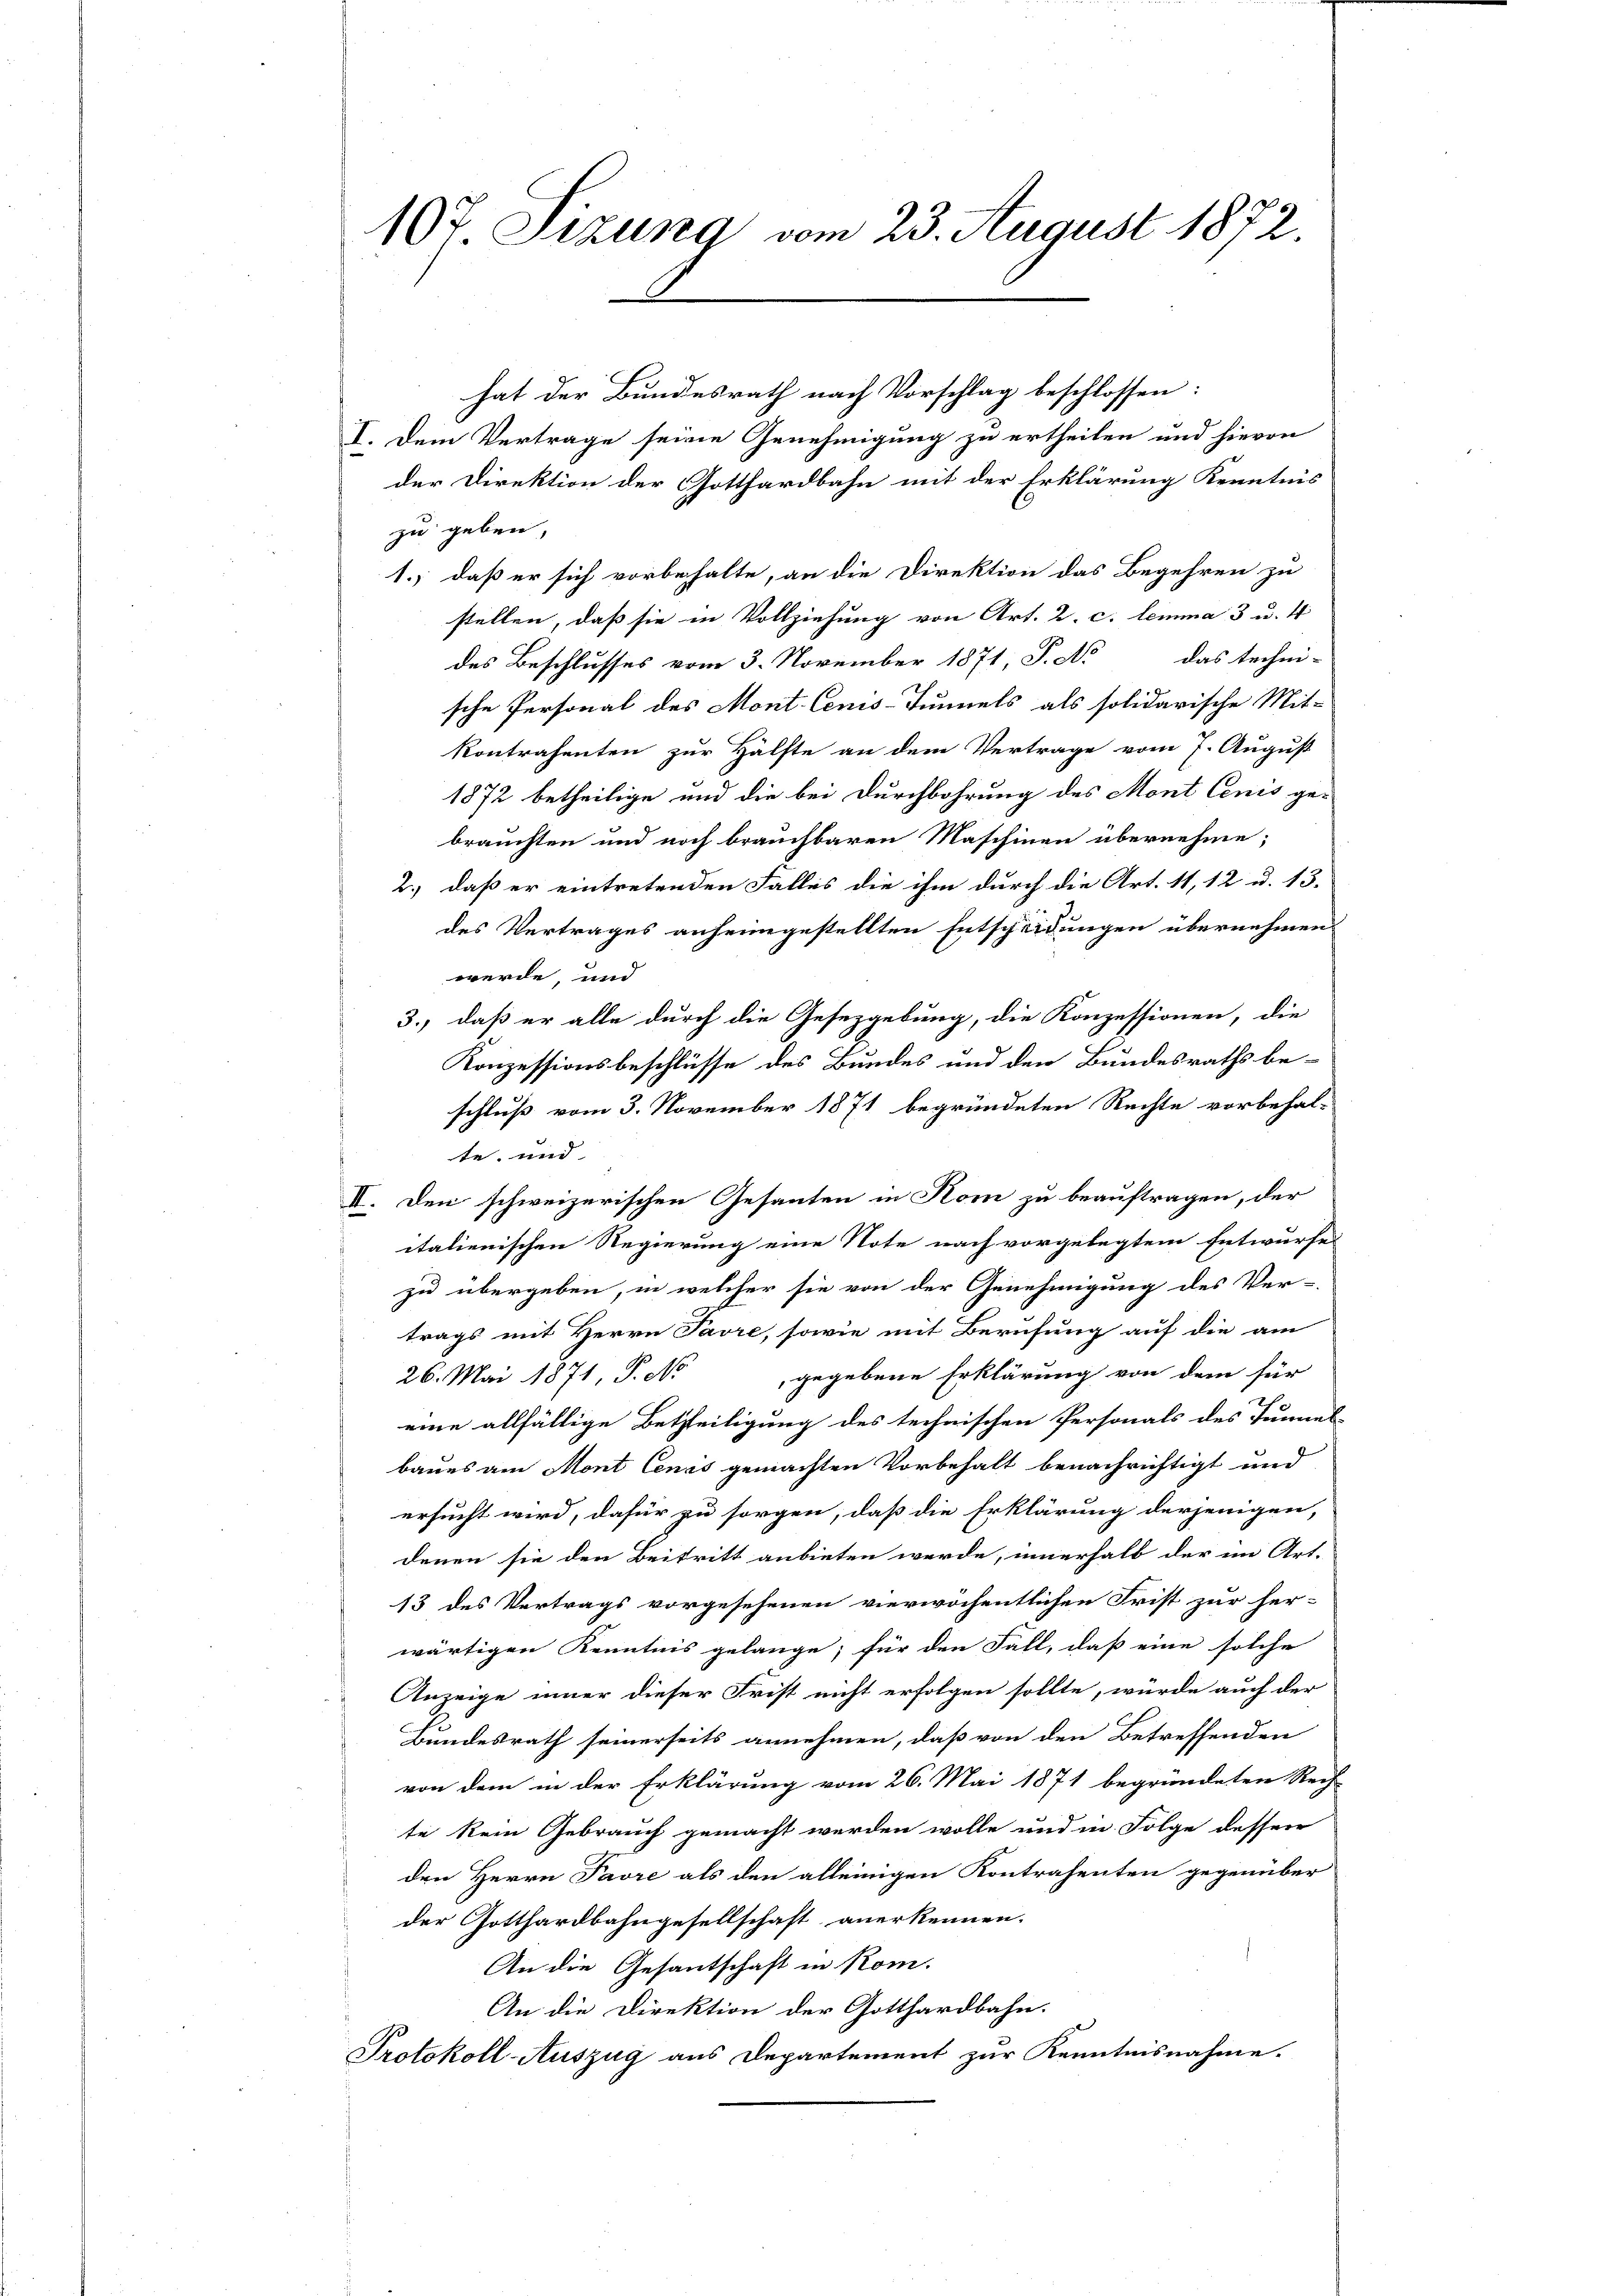
107 Sizung vom 23. August 1872.

hat der Bundesrath nach Vorschlag beschlossen:
I. Dem Vertrage seine Genehmigung zu ertheilen und hievon
der Direktion der Gotthardbahn mit der Erklärung Kenntnis
zu geben,
1., daß er sich vorbehalte, an die Direktion das Begehren zu
stellen, daß sie in Vollziehung von Art. 2. c. lemma 3 u. 4
des Beschlusses vom 3. November 1871 P. No das techni-
sche Personal des Mont. Cens-Tunnels als solidarische Mit-
kontrahenten zur Hälfte an dem Vertrage vom 7. August
1872 betheilige und die bei Durchbohrung des Mont lenis gebrauchten und noch brauchbaren Maschinen übernehme;
2.) daß er eintretenden Falles die ihm durch die Art. 11, 12 u. 13.
des Vertrages anheimgestellten Entscheidungen übernehmen
werde, und
3.) daß er alle durch die Gesezgebung, die Konzessionen, die
Konzessionsbeschlüsse des Bundes und den Bundesraths be-
schluß vom 3. November 1871 begründeten Rechte vorbehal-
te, und |
II. Den schweizerischen Gesanten in Rom zu beauftragen, der
italienischen Regierung eine Note nach vorgelegtem Entwurfes
zu übergeben, in welcher sie von der Genehmigung des Ver-
trags mit Herrn Tavre, sowie mit Berufung auf die am
gegebene Erklärung von dem für
26. Mai 1871, P. No
eine allfällige Betheiligung des technischen Personals des Tunnes-
baues am Mont Cenis gemachten Vorbehalt benachrichtigt und
ersucht wird, dafür zu sorgen, daß die Erklärung derjenigen,
denen sie den Beitritt anbieten werde, innerhalb der im Art.
13 des Vertrags vorgesehenen vierwöchentlichen Frist zur her-
wärtigen Kenntnis gelange; für den Fall, daß eine solche
Anzeige iner dieser Frist nicht erfolgen sollte, würde auch der
Bundesrath seinerseits annehmen, daß von den Betreffenden
von dem in der Erklärung vom 26. Mai 1871 begründeten Rech-
te kein Gebrauch gemacht werden wolle und in Folge dessen
den Herrn Paore als den alleinigen Kontrahenten gegenüber
der Gotthardbahngesellschaft anerkennen.
An die Gesantschaft in Kom-
An die Direktion der Gotthardbahn.
Protokoll-Auszug aus Departement zur Kenntnisnahme.